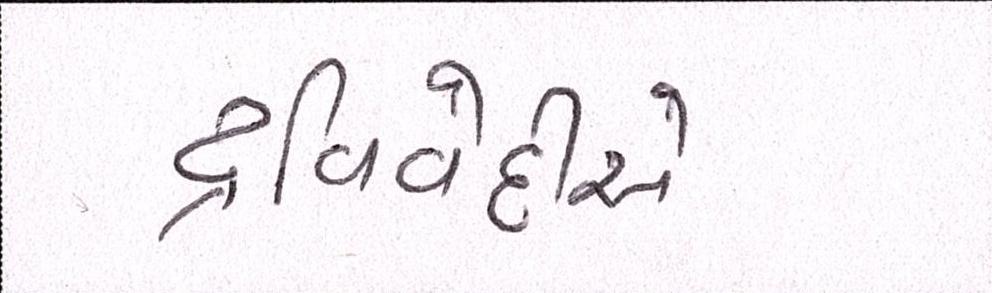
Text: દ્વિવેદીએ